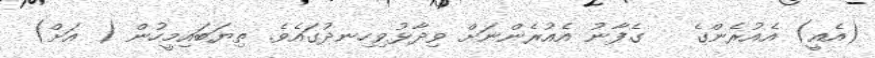
(އެއީ) އެއުރެންގެ   ގެފާނު އެއުރެންނަށް ވިދާޅުވިހިނދުގައެވެ. ތިޔަބައިމީހުން ( އަށް)